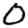
Digit: 0